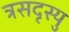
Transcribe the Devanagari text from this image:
त्रसदृस्यु